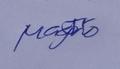
Signature authenticity: genuine